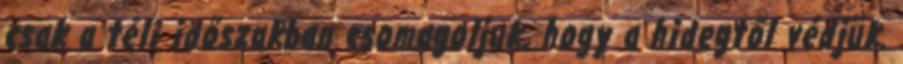
csak a téli időszakban csomagoljuk, hogy a hidegtől védjük.